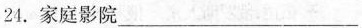
24.家庭影院___